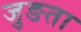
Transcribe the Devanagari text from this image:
जुङता